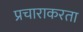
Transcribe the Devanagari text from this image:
प्रचाराकरता